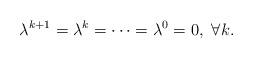
LaTeX: \begin{align*}\begin{aligned}\lambda^{k+1}=\lambda^k=\dots=\lambda^0=0,~\forall k.\end{aligned}\end{align*}